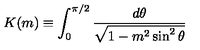
K ( m ) \equiv \int _ { 0 } ^ { \pi / 2 } \frac { d \theta } { \sqrt { 1 - m ^ { 2 } \sin ^ { 2 } { \theta } } } \,